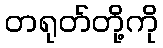
တရုတ်တို့ကို